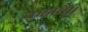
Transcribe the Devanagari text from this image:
कहावै॥